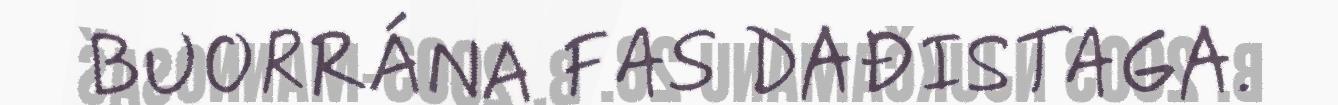
BUORRÁNA FAS DAĐISTAGA.